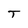
Character: T